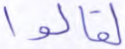
لقالوا